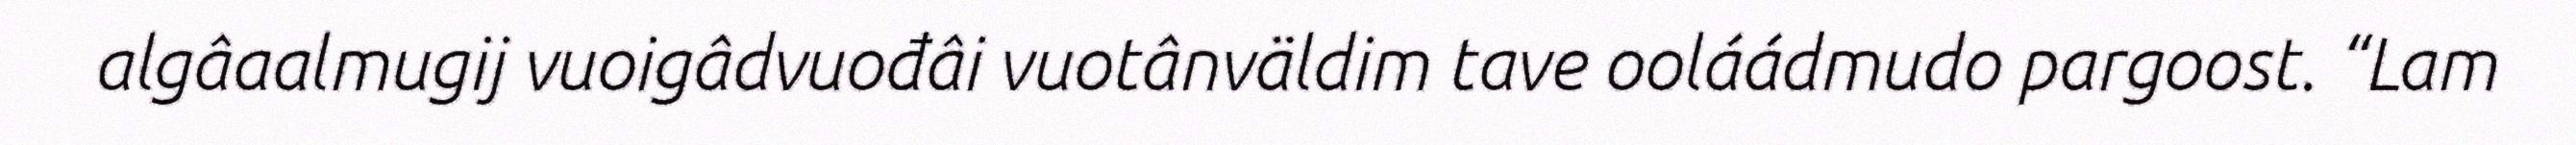
algâaalmugij vuoigâdvuođâi vuotânväldim tave ooláádmudo pargoost. “Lam